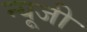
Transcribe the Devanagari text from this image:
न्यूजी